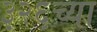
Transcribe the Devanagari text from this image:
३२६च्या